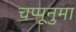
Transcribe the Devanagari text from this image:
चप्पूनुमा